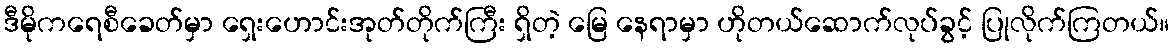
ဒီမိုကရေစီခေတ်မှာ ရှေးဟောင်းအုတ်တိုက်ကြီး ရှိတဲ့ မြေ နေရာမှာ ဟိုတယ်ဆောက်လုပ်ခွင့် ပြုလိုက်ကြတယ်။